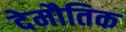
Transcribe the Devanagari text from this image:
देमौतिक